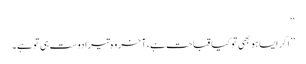
‘‘
’’ اگر ایسا ہو بھی تو کیا قباحت ہے،آخر وہ تیرا دوست ہی تو ہے۔